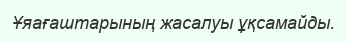
Ұяағаштарының жасалуы ұқсамайды.